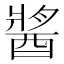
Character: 𨡓